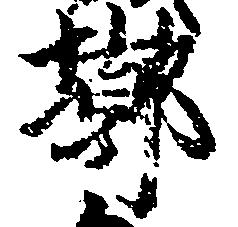
郭